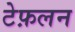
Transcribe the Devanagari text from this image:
टेफ़लन